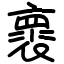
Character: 褱